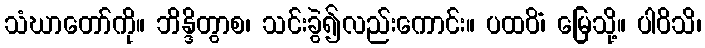
သံဃာတော်ကို။ ဘိန္ဒိတွာစ၊ သင်းခွဲ၍လည်းကောင်း။ ပထဝိံ၊ မြေသို့။ ပါဝိသိ၊